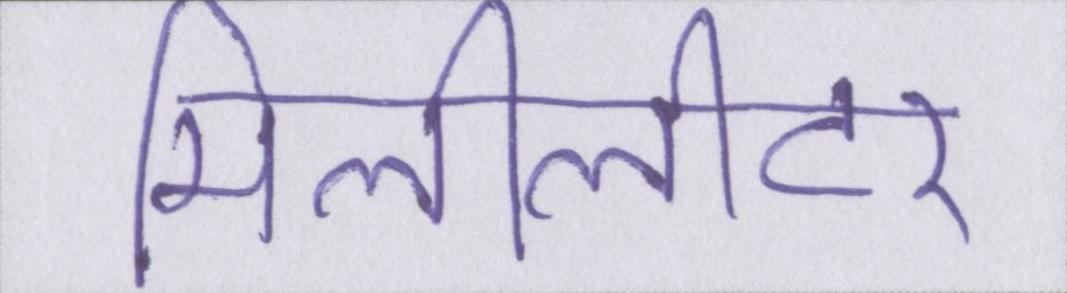
मिलीलीटर